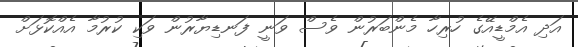
އަދި އެމްޑީއޭގެ ހުރިހާ މެންބަރުން ވެސް ވަނީ ފަނޑިޔާރުން ވަކި ކުރުމާ އެއްކޮޅަށް